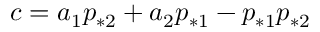
c = a _ { 1 } p _ { * 2 } + a _ { 2 } p _ { * 1 } - p _ { * 1 } p _ { * 2 }